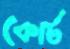
কোর্ট